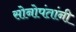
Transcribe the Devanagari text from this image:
सोनोपंतांनी